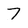
Character: 7